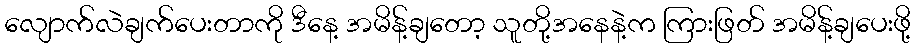
လျောက်လဲချက်ပေးတာကို ဒီနေ့ အမိန့်ချတော့ သူတို့အနေနဲ့က ကြားဖြတ် အမိန့်ချပေးဖို့